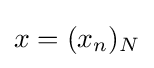
x=(x_{n})_{N}